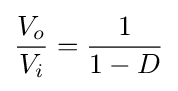
{\frac {V_{o}}{V_{i}}}={\frac {1}{1-D}}